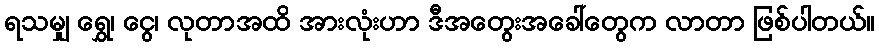
ရသမျှ ရွှေ၊ ငွေ၊ လုတာအထိ အားလုံးဟာ ဒီအတွေးအခေါ်တွေက လာတာ ဖြစ်ပါတယ်။